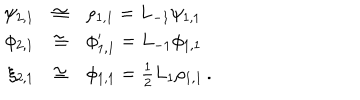
LaTeX: \begin{array} { r c l } { { \psi _ { 2 , 1 } } } & { { \cong } } & { { \rho _ { 1 , 1 } = L _ { - 1 } \psi _ { 1 , 1 } } } \\ { { \phi _ { 2 , 1 } } } & { { \cong } } & { { \phi _ { 1 , 1 } ^ { \prime } = L _ { - 1 } \phi _ { 1 , 1 } } } \\ { { \xi _ { 2 , 1 } } } & { { \cong } } & { { \phi _ { 1 , 1 } = \frac { 1 } { 2 } L _ { 1 } \rho _ { 1 , 1 } \, . } } \\ \end{array}